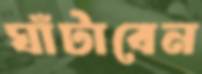
ঘাঁটাবেন